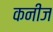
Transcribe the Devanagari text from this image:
कनीज